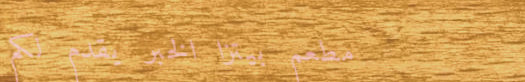
مطعم بيتزا الخبر يقدم لكم